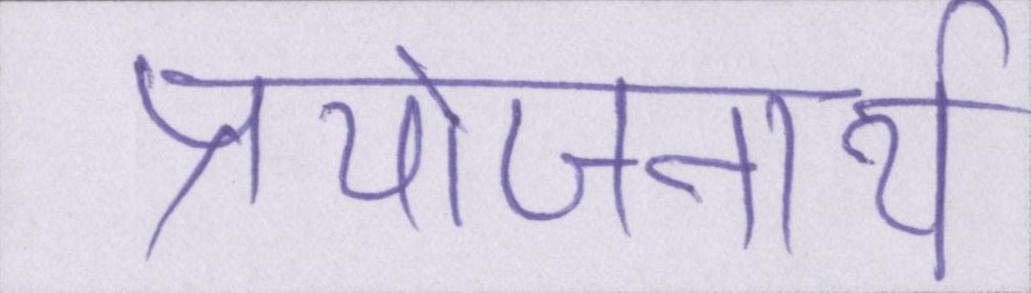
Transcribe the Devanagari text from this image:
प्रयोजनार्थ